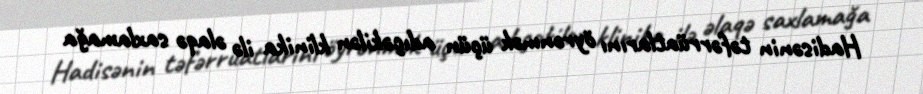
Hadisənin təfərrüatlarını öyrənmək üçün adıçəkilən klinika ilə əlaqə saxlamağa